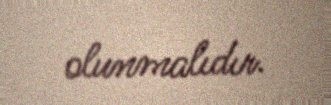
olunmalıdır.